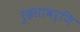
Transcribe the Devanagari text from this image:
रुद्रसावर्णि